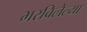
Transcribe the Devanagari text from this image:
भरविलेल्या